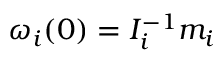
\omega _ { i } ( 0 ) = I _ { i } ^ { - 1 } m _ { i }